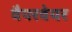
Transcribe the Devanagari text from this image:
वैपरवेयर